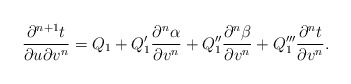
\begin{align*} \frac{\partial^{n+1}t}{\partial u\partial v^n}=Q_1+Q_1'\frac{\partial^n\alpha}{\partial v^n}+Q_1''\frac{\partial^n\beta}{\partial v^n}+Q_1'''\frac{\partial^n t}{\partial v^n}.\end{align*}